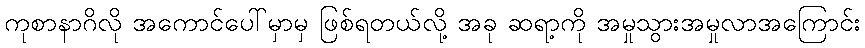
ကုစာနာဂိလို အကောင်ပေါ်မှာမှ ဖြစ်ရတယ်လို့ အခု ဆရာ့ကို အမှုသွားအမှုလာအကြောင်း